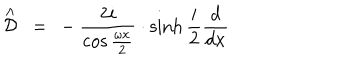
LaTeX: \stackrel { \wedge } { \cal D } \ = \ - \frac { 2 i } { \cos \frac { \omega x } 2 } \cdot \sinh { } \frac i 2 \frac d { d x }